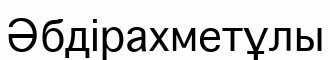
Әбдірахметұлы